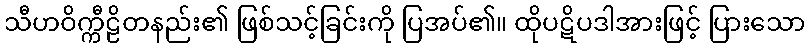
သီဟဝိက္ကီဠိတနည်း၏ ဖြစ်သင့်ခြင်းကို ပြအပ်၏။ ထိုပဋိပဒါအားဖြင့် ပြားသော